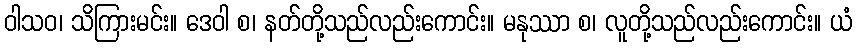
ဝါသဝ၊ သိကြားမင်း။ ဒေဝါ စ၊ နတ်တို့သည်လည်းကောင်း။ မနုဿာ စ၊ လူတို့သည်လည်းကောင်း။ ယံ